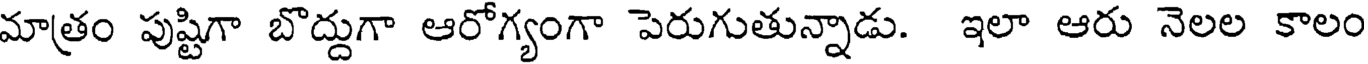
మాత్రం పుష్టిగా బొద్దుగా ఆరోగ్యంగా పెరుగుతున్నాడు. ఇలా ఆరు నెలల కాలం